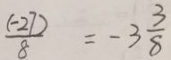
\frac { ( - 2 7 ) } { 8 } = - 3 \frac { 3 } { 8 }